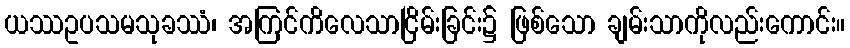
ယဿဥပသမသုခဿံ၊ အကြင်ကိလေသာငြိမ်းခြင်း၌ ဖြစ်သော ချမ်းသာကိုလည်းကောင်း။